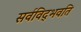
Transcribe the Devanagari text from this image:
सर्वविद्‍भवति